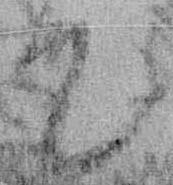
て